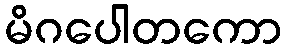
မိဂပေါတကော